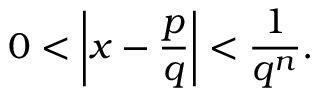
0 < \left| x - { \frac { p } { q } } \right| < { \frac { 1 } { q ^ { n } } } .